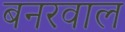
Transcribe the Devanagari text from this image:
बनरवाल